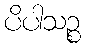
ပိပါသဉ္စ